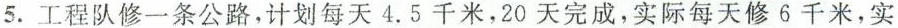
5.工程队修一条公路，计划每天4.5千米，20天完成，实际每天修6千米，实